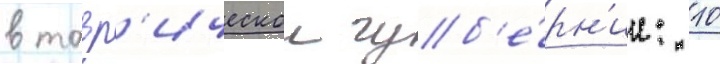
в тавр'ическои губ'е́рн'ии: 10